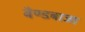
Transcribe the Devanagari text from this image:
बैण्डबाजा